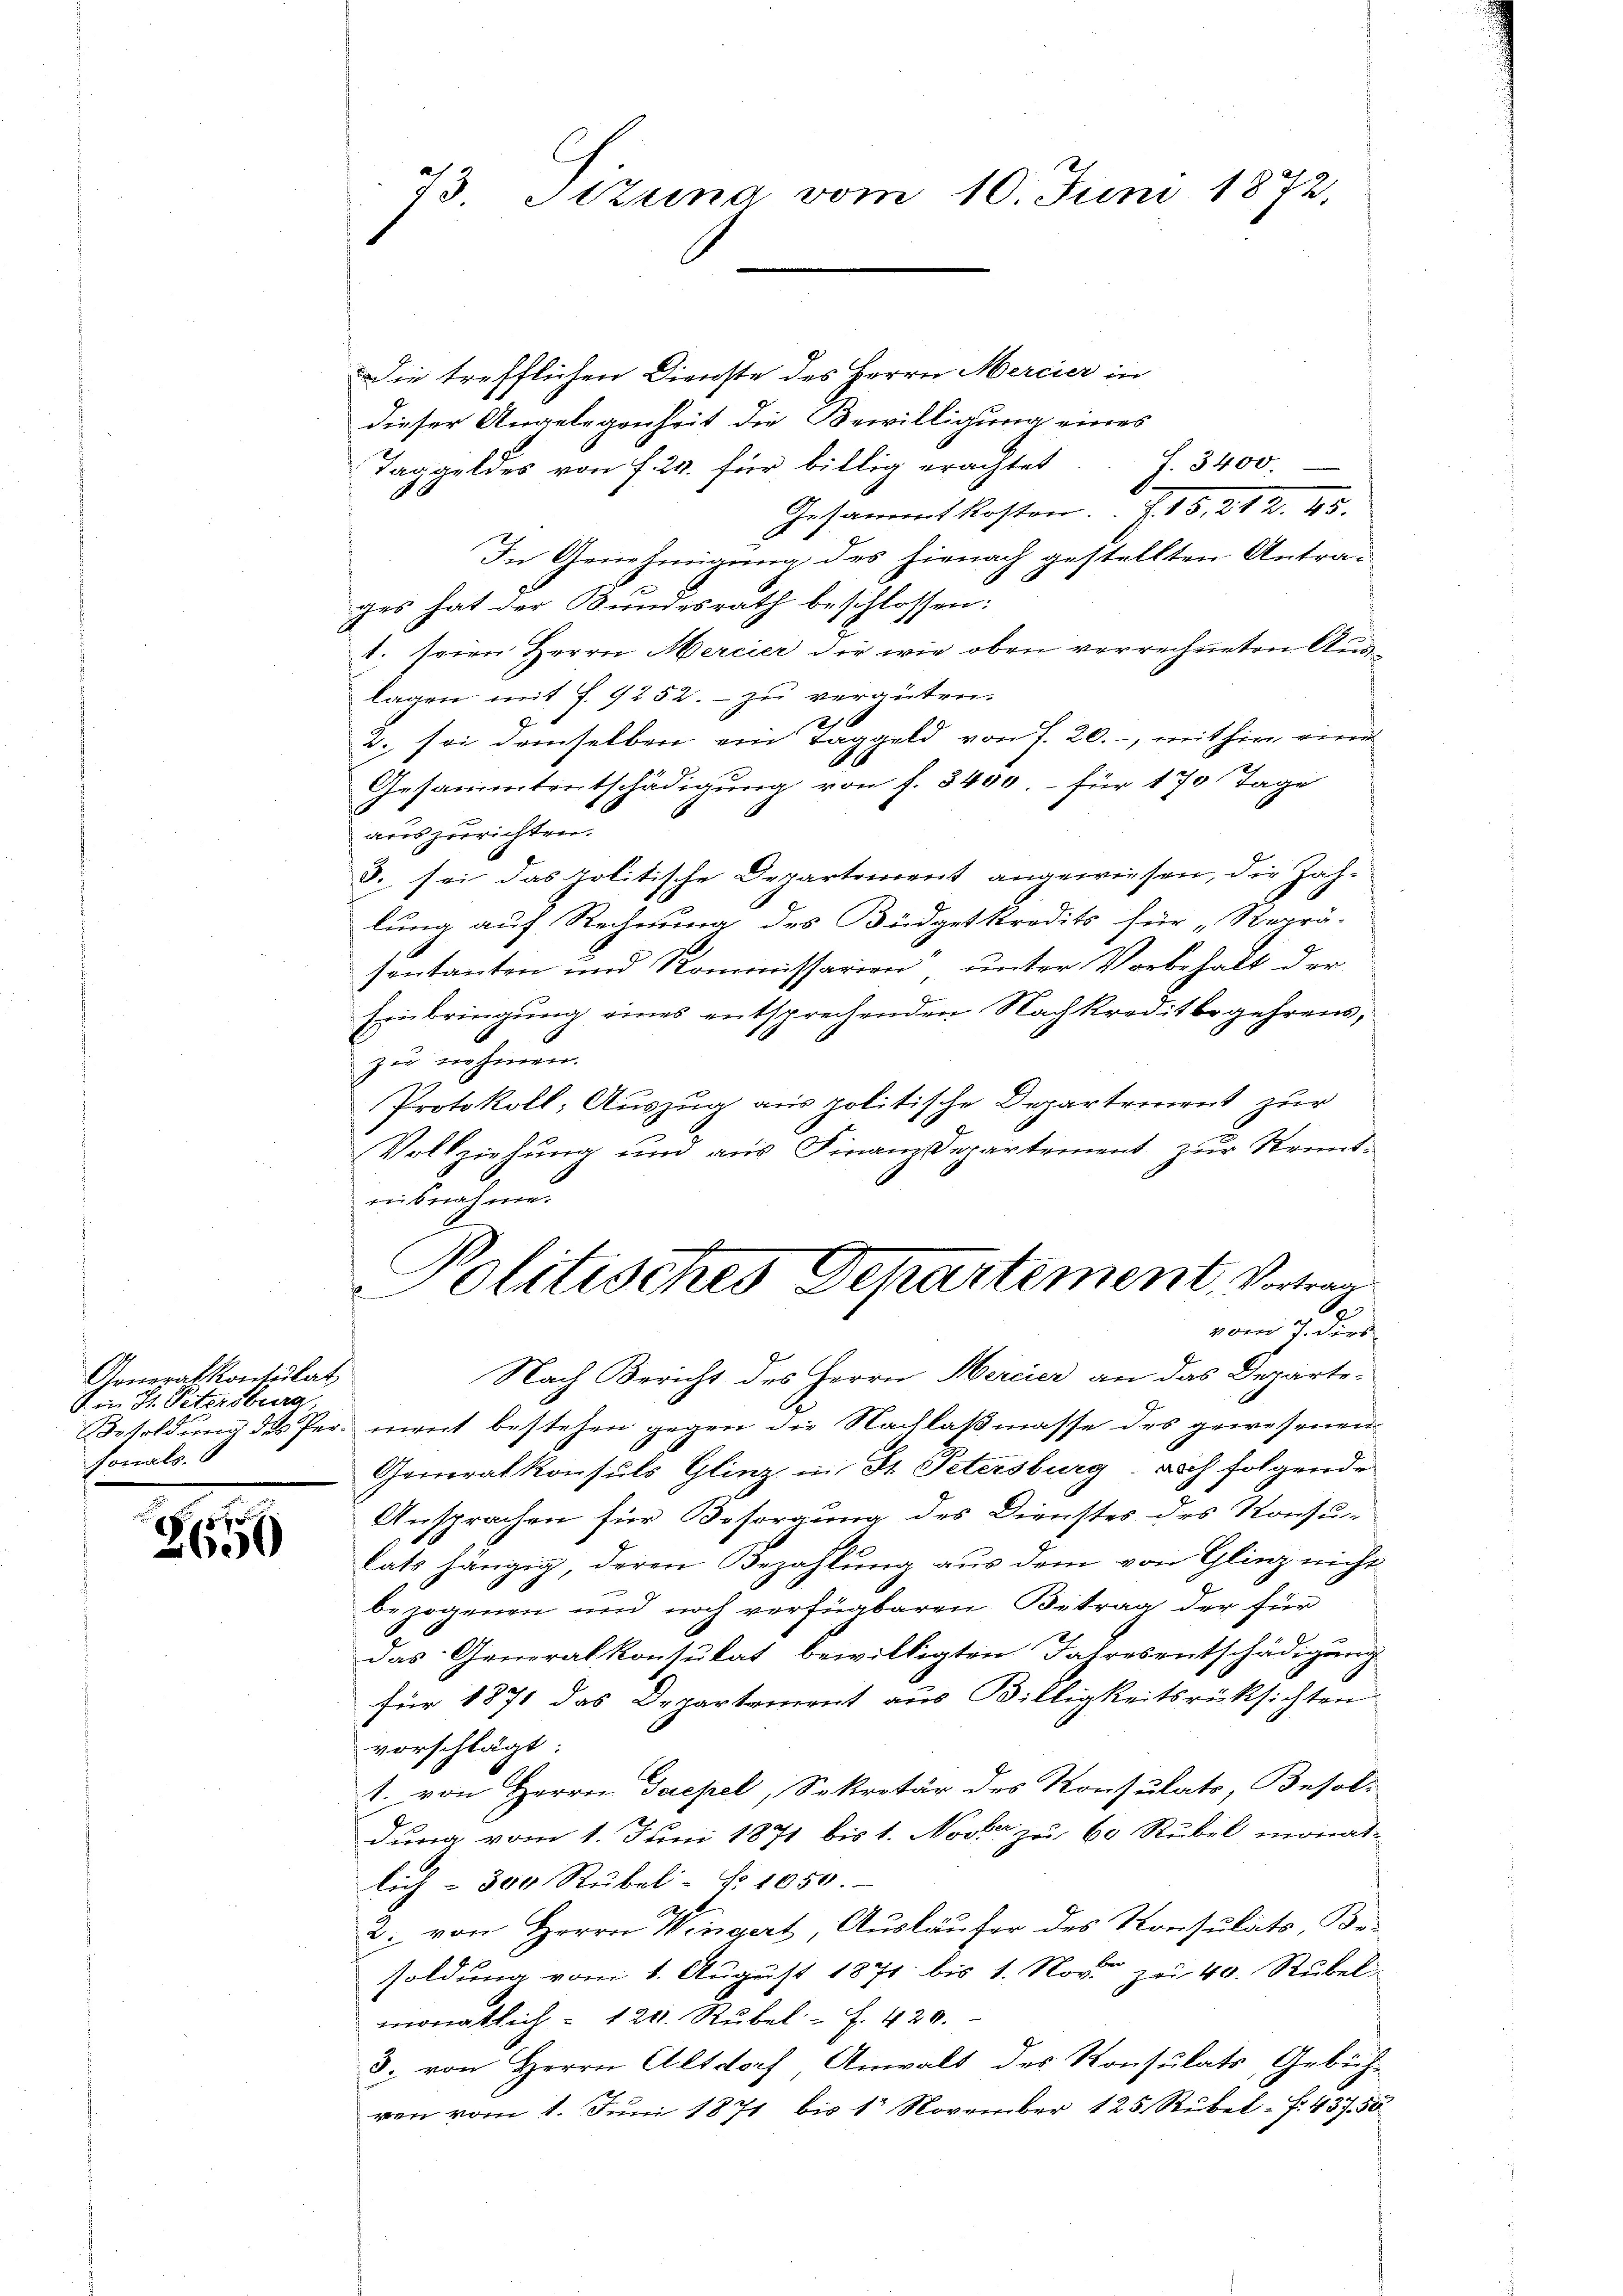
Generalkontulat
Ain St. Petersburg,
sonals.

Z

73. Stzung vom 10. Juni 1872.

Die trefflichen Dienste des Herrn Mercier in
dieser Angelegenheit die Bewilligung eines
Taggeldes von f. 24. für billig erachtet. S. 3400.
Gesammtkosten. F. 15, 212. 45.
In Genehmigung des hienach gestellten Antra-
ges hat der Bundesrath beschlossen:
1. seien Herrn Mercier die wie oben verrechneten Auslagen mit S. 9252. - zu vergüten.
210
2. sei demselben ein Taggeld von f. 20.-, mithin eines
Gesammtentschädigung von f. 3400.- für 170 Tage
auszurichten.
8. sei das politische Departement angewiesen, die Jahlung auf Rechnung des Büdgetkredits für „Reprä-
sentanten und Rominissarien“ unter Vorbehalt der
Einbringung eines entsprechenden Nachkreditbegehrens,
zu nehmen.
Protokoll; Auszug aus politische Departement zur
Vollziehung und aus Finanz-Departement zur Steint-
ebnahme.
Politisches Departement, Vortrag
vom Bedier

Nach Bericht des Herrn Mercier an das Departe-
Besoldung des Per ment bestehen gegen die Nachlaßmasse des gewesenen
Generalkonsuls Glinz in St. Petersburg. Doch folgende
Ansprachen für Besorgung des Dienstes des Konsu-
lats hängig, deren Bezahlung aus dem von Glinz nicht
bezogenen und noch verfügbaren Betrag der für
das Generalkonsulat bewilligten Jahresentschädigung
für 1871 das Departement aus Billigkeitsrücksichten
vorschlägt:
1. von Herrn Paepel, Sekretär des Konsulats, Besoldung vom 1. Juni 1871 bis 1. Nover zu 60 Rubel monat-
lich - 300 Rübel- No 1050.
2. von Herrn Wingert, Ausläufer des Konsulats, Besoldung vom 1. August 1871 bis 1. Nover zu 40. Rubel
monatlich - 120. Rubel - f. 420.
3. von Herrn Altdorf, Anwalt des Konsulats, Gebühren vom 1. Juni 1871 bis 12 November 125. Rübel - f. 437. 50